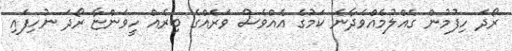
ރޯދަ ހިފުމުން ގެއްލުމެއްވެދާނެ ކަމުގެ އެއްވެސް ވަރެއްގެ ބިރެއް ހީވަންޏާ ރޯދަ ނުހިފައި